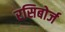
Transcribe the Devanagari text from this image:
रसिबोर्ज